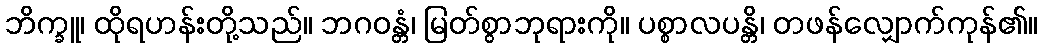
ဘိက္ခူ၊ ထိုရဟန်းတို့သည်။ ဘဂဝန္တံ၊ မြတ်စွာဘုရားကို။ ပစ္စာလပန္တိ၊ တဖန်လျှောက်ကုန်၏။